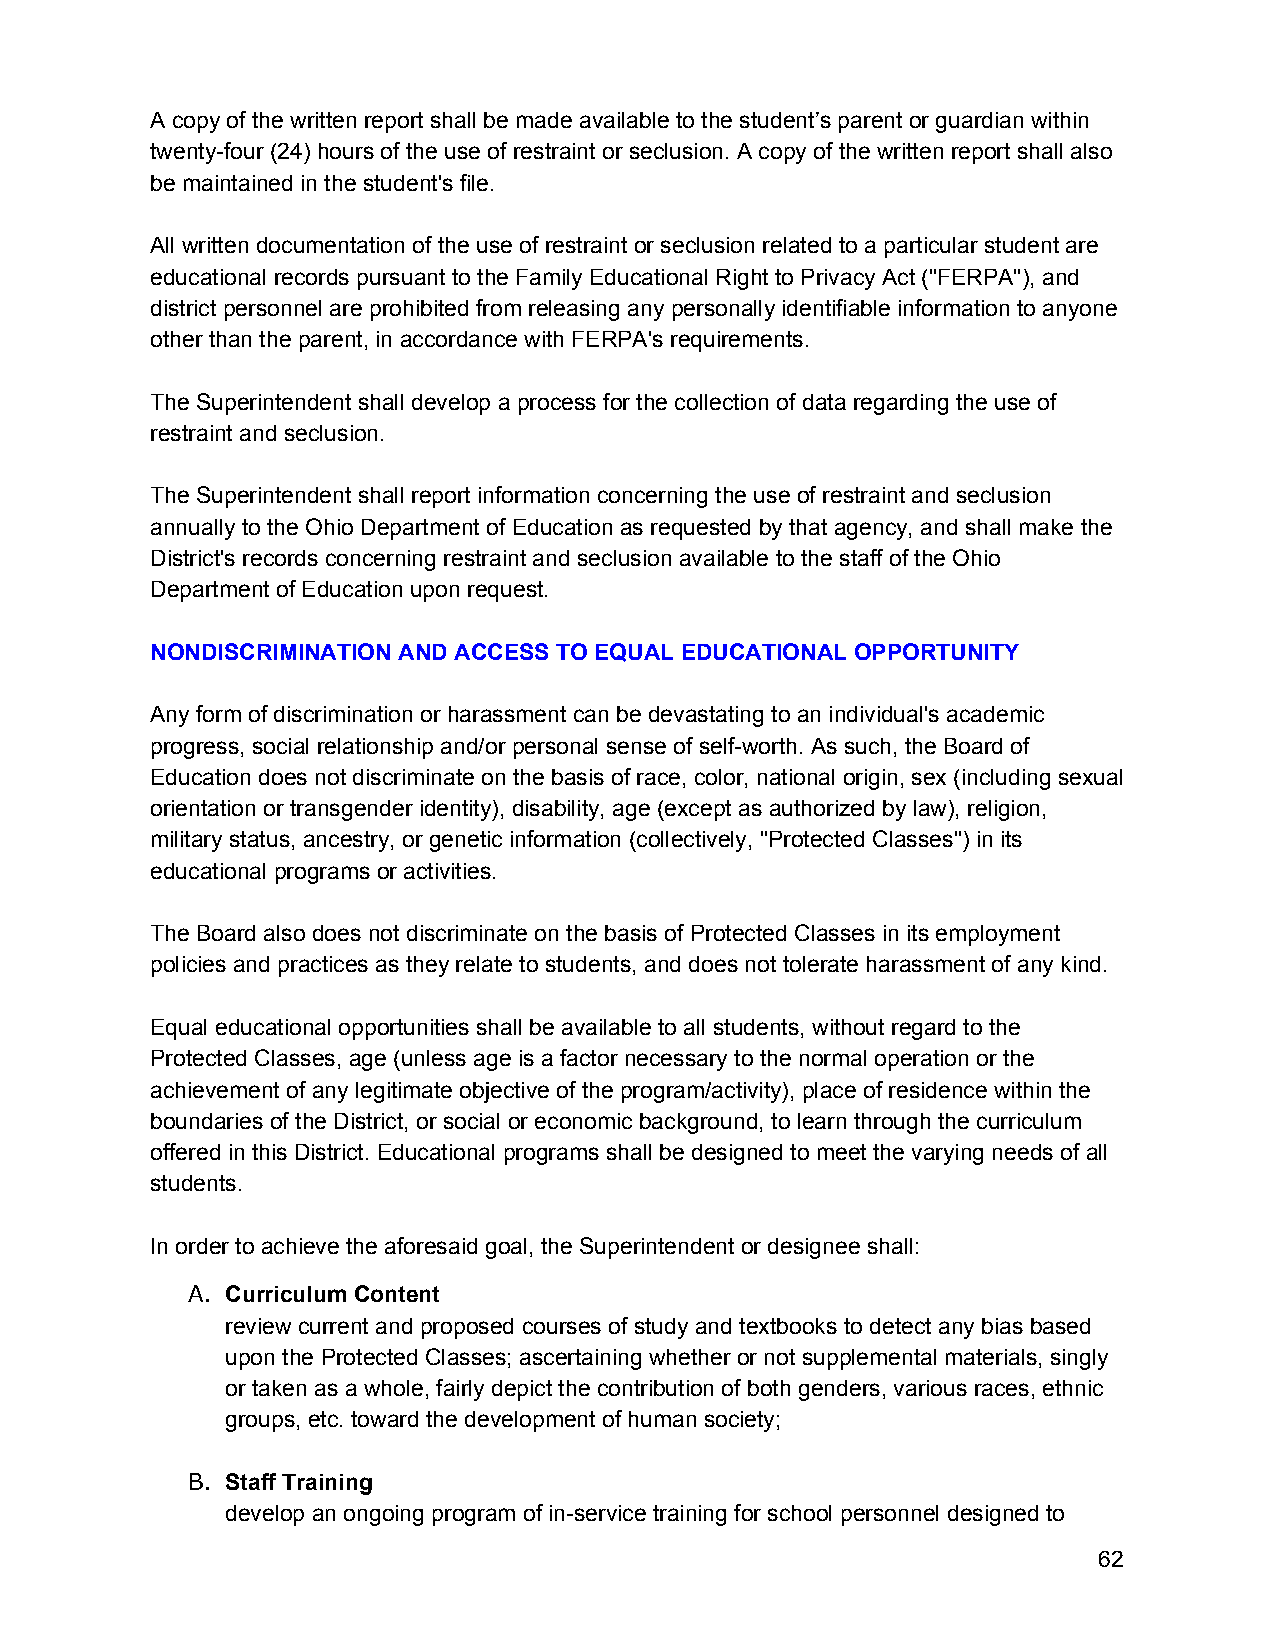
A copy of the written report shall be made available to the student’s parent or guardian within
 twenty-four (24) hours of the use of restraint or seclusion. A copy of the written report shall also
 be maintained in the student's file.
 All written documentation of the use of restraint or seclusion related to a particular student are
 educational records pursuant to the Family Educational Right to Privacy Act ("FERPA"), and
 district personnel are prohibited from releasing any personally identifiable information to anyone
 other than the parent, in accordance with FERPA's requirements.
 The Superintendent shall develop a process for the collection of data regarding the use of
 restraint and seclusion.
 The Superintendent shall report information concerning the use of restraint and seclusion
 annually to the Ohio Department of Education as requested by that agency, and shall make the
 District's records concerning restraint and seclusion available to the staff of the Ohio
 Department of Education upon request.
 NONDISCRIMINATION AND ACCESS TO EQUAL EDUCATIONAL OPPORTUNITY
 Any form of discrimination or harassment can be devastating to an individual's academic
 progress, social relationship and/or personal sense of self-worth. As such, the Board of
 Education does not discriminate on the basis of race, color, national origin, sex (including sexual
 orientation or transgender identity), disability, age (except as authorized by law), religion,
 military status, ancestry, or genetic information (collectively, "Protected Classes") in its
 educational programs or activities.
 The Board also does not discriminate on the basis of Protected Classes in its employment
 policies and practices as they relate to students, and does not tolerate harassment of any kind.
 Equal educational opportunities shall be available to all students, without regard to the
 Protected Classes, age (unless age is a factor necessary to the normal operation or the
 achievement of any legitimate objective of the program/activity), place of residence within the
 boundaries of the District, or social or economic background, to learn through the curriculum
 offered in this District. Educational programs shall be designed to meet the varying needs of all
 students.
 In order to achieve the aforesaid goal, the Superintendent or designee shall:
 A. Curriculum Content
 review current and proposed courses of study and textbooks to detect any bias based
 upon the Protected Classes; ascertaining whether or not supplemental materials, singly
 or taken as a whole, fairly depict the contribution of both genders, various races, ethnic
 groups, etc. toward the development of human society;
 B. Staff Training
 develop an ongoing program of in-service training for school personnel designed to
 62